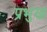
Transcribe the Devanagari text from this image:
प्रभुख